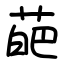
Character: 葩